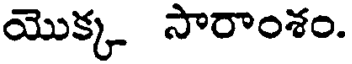
యొక్క సారాంశం.